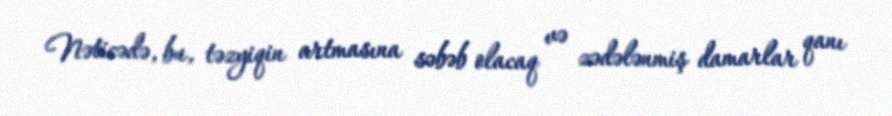
Nəticədə, bu, təzyiqin artmasına səbəb olacaq və zədələnmiş damarlar qanı